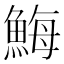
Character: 䱕